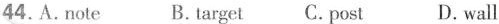
44.A.note B.target C.post D.wall